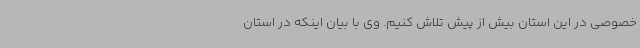
خصوصی در این استان بیش از پیش تلاش کنیم. وی با بیان اینکه در استان